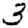
Digit: 3